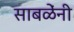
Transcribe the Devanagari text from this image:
साबळेंनी